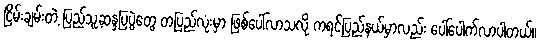
ငြိမ်းချမ်းတဲ့ ပြည်သူ့ဆန္ဒပြပွဲတွေ တပြည်လုံးမှာ ဖြစ်ပေါ်လာသလို ကရင်ပြည်နယ်မှာလည်း ပေါ်ပေါက်လာပါတယ်။